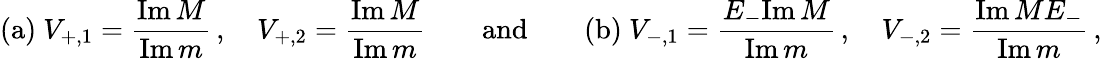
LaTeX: \mathrm{(a)}\ V_{+,1}=\frac{\mathrm{Im}\, M}{\mathrm{Im}\, m}\, ,\quad V_{+,2}=\frac{\mathrm{Im}\, M}{\mathrm{Im}\, m}\qquad\mathrm{and}\qquad\mathrm{(b)}\ V_{-,1}=\frac{E_{-}\mathrm{Im}\, M}{\mathrm{Im}\, m}\, ,\quad V_{-,2}=\frac{\mathrm{Im}\, ME_{-}}{\mathrm{Im}\, m}\, ,